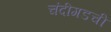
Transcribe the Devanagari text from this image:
चंदीगडची